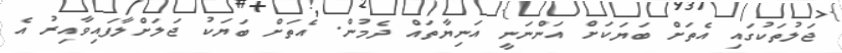
ޖަލުތަކުގައި އެތަށް ބަޔަކަށް އަންނަނީ އަނިޔާތައް ދެމުން. އެތަށް ބަޔަކު ޖަލަށްލާފައިވާއިރު އެ